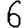
Digit: 6